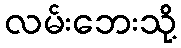
လမ်းဘေးသို့